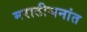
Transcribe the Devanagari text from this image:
मराठीजनांत